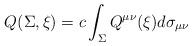
LaTeX: \begin{align*}Q(\Sigma,\xi)=c\int_{\Sigma} Q^{\mu\nu}(\xi)d\sigma_{\mu\nu}\end{align*}